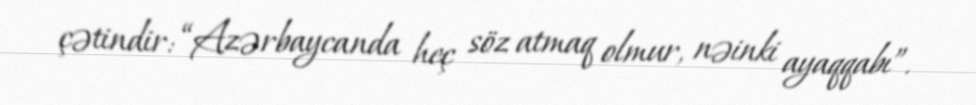
çətindir: “Azərbaycanda heç söz atmaq olmur, nəinki ayaqqabı”.